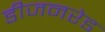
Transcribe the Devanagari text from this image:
डीजनरेड